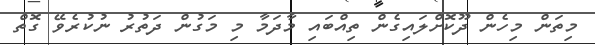
މިތަން މިހެން ދޫކޮށްލައިގެން ތިއްބައި މާދަމާ މި މަގުން ދަތުރު ނުކުރެވޭ ގޮތް